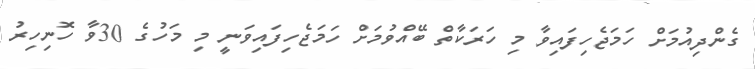
ގެންދިއުމަށް ހަމަޖެހިފައިވާ މި ހަރަކާތް ބޭއްވުމަށް ހަމަޖެހިފައިވަނީ މި މަހުގެ 30ވާ ހޮނިހިރު